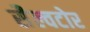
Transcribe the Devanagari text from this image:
सैल्वटोर